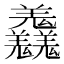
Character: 𦏱